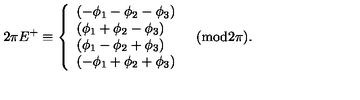
2 \pi E ^ { + } \equiv \left\{ \begin{array} { l } { ( - \phi _ { 1 } - \phi _ { 2 } - \phi _ { 3 } ) } \\ { ( \phi _ { 1 } + \phi _ { 2 } - \phi _ { 3 } ) } \\ { ( \phi _ { 1 } - \phi _ { 2 } + \phi _ { 3 } ) } \\ { ( - \phi _ { 1 } + \phi _ { 2 } + \phi _ { 3 } ) } \\ \end{array} \quad \mathrm { ( m o d 2 \pi ) } . \right.